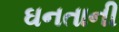
ઘનતાની